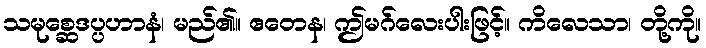
သမုစ္ဆေဒပ္ပဟာနံ၊ မည်၏။ ဧတေန၊ ဤမဂ်လေးပါးဖြင့်။ ကိလေသာ၊ တို့ကို။